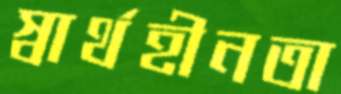
স্বার্থহীনতা